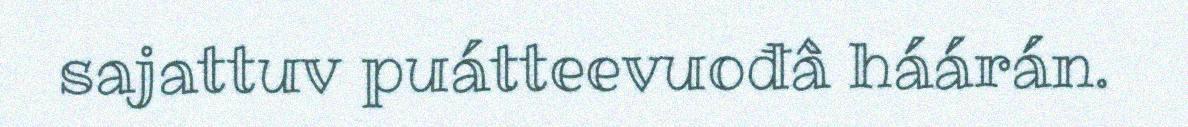
sajattuv puátteevuođâ háárán.